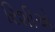
રિશીએ